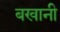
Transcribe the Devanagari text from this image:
बखानी